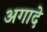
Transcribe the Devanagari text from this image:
अगादे